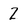
Character: Z